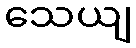
သေယျ